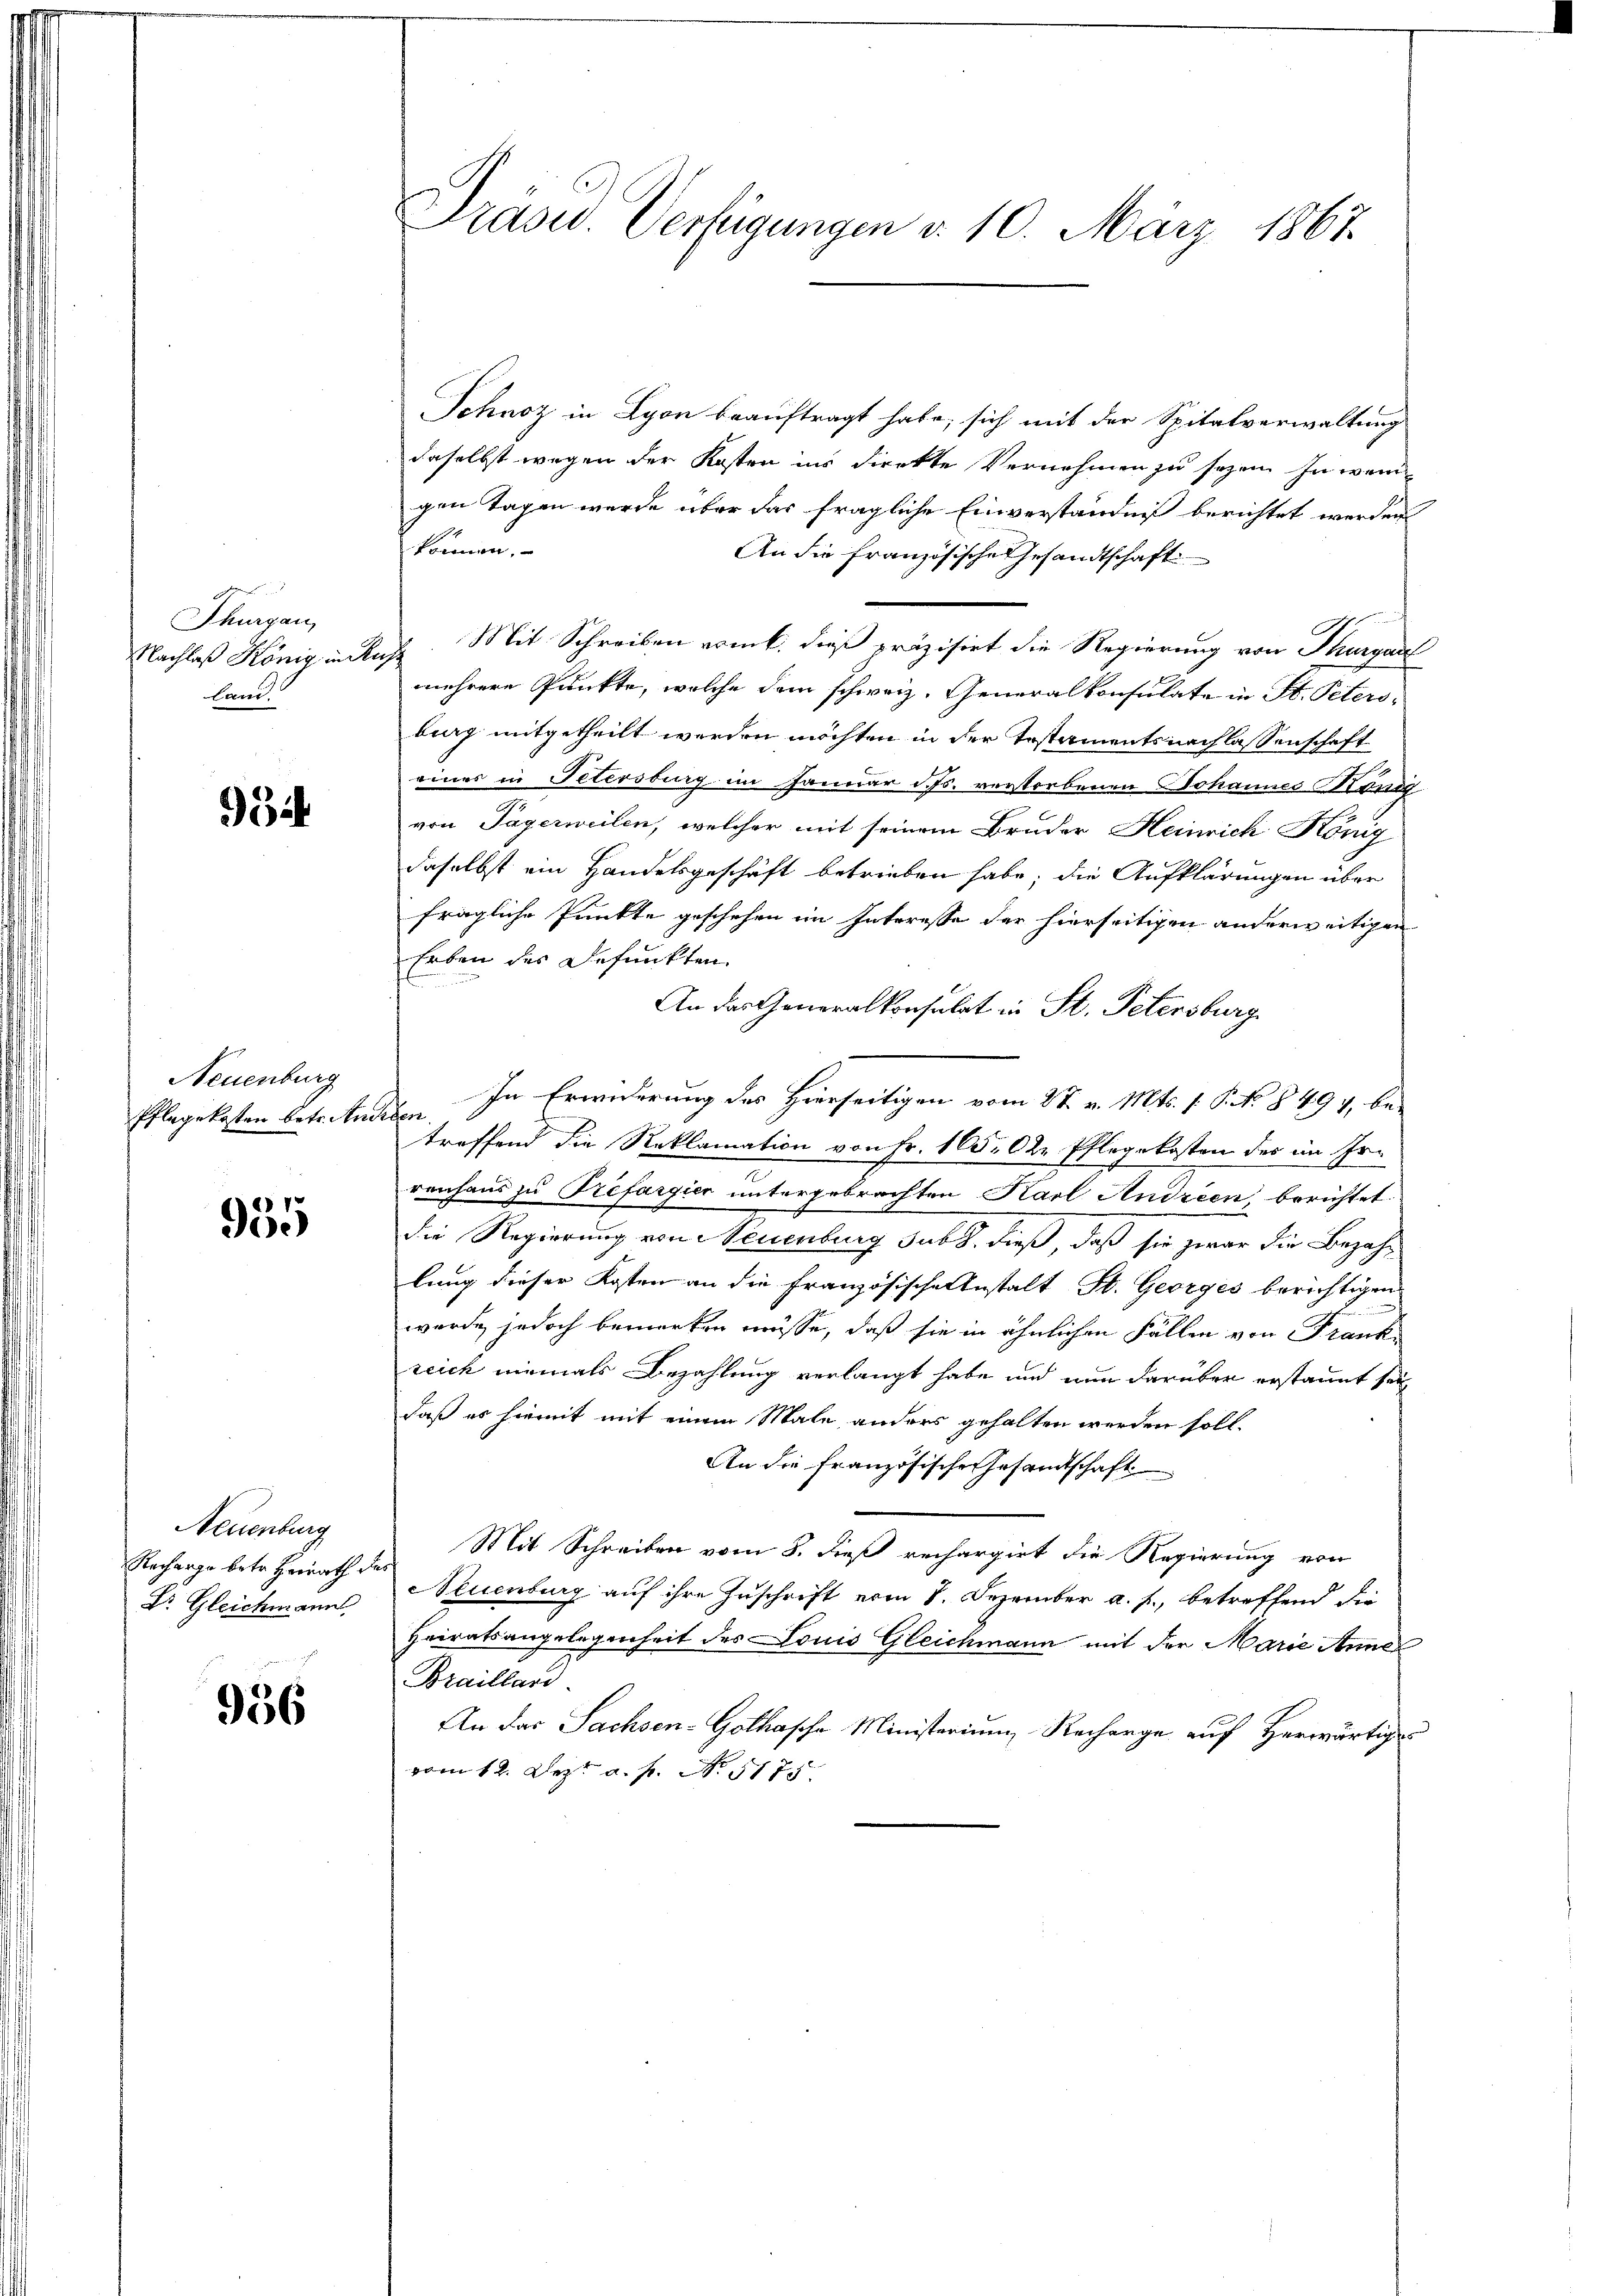
Thurgau,
Nachlaß König in d
Land

i

Neuenburg
Pflegekosten betr. An

935

Neuenburg
Recharge betr. Heirath des
Dr. Gleichmann,

956

Frdsu. Verfügungen d. 10. März 1867.

Schnoz in Lyon beauftragt habe, sich mit der Spitalverwaltung
daselbst wegen der Kosten ins direkte Vernehmen zu sezen. In weni
gen Tagen wurde über das fragliche Einverständniß berichtet werden
können.
An die französische Gesandtschaft

22. Mit Schreiben romt, dieß präzisirt die Regierung von Thurgau
mehrere Punkte, welche dem schweiz. Generalkonsulate in St. Petersburg mitgetheilt werden möchten in der Testamentsnachlassenschaft
eines in Petersburg im Januar d. Js. verstorbenen Johannes König
von Tagerweilen, welcher mit seinem Bruder Heinrich König
daselbst ein Handelsgeschäft betrieben habe; die Aufklärungen über
fragliche Punkte geschehen im Interesse der hierseitigen anderweitigen
Erben des Befunkten.
An das Generalkonsulat in St. Petersburg
In Erwiderung des Hierseitigen vom 27. v. Mts. (T. No. § 497, be-
eten.
treffend die Reklamation von Fr. 165. Der Pflegekosten des im Irrenhaus zu Trefargier untergebrachten Karl Andreen berichtet
die Regierung von Neuenburg sub. dieß, daß sie zwar die Bezahlung dieser Kosten an die französische Anstalt St. Georges berichtigen
wurde, jedoch bemerken müsse, daß sie in ähnlichen Fällen von Frank
reich niemals Bezahlung verlangt habe und nun darüber erstannt sei
daß es hiemit mit einem Male anders gehalten werden soll.
An die französische Gesandtschaft
Mit Schreiben vom 8. dieß rechargirt die Regierung von
Neuenburg auf ihre Zuschrift vom 8. Dezember a. f., betreffend die
Heiratsangelegenheit des Louis Gleichmann mit der Marie Annel
Brailland
An das Sachsen-Gothasche Ministerium Recharge auf Herwärtige
vom 12. Dez. a. f. No 1775.